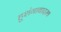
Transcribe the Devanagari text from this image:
हुशंगाबादस्थ